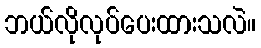
ဘယ်လိုလုပ်ပေးထားသလဲ။